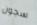
سجون